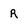
Character: R